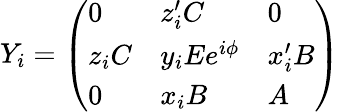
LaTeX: Y_{i}=\left(\begin{array}{lll}{{0}}&{{z_{i}^{\prime}C}}&{{0}}\\ {{z_{i}C}}&{{y_{i}Ee^{i\phi}}}&{{x_{i}^{\prime}B}}\\ {{0}}&{{x_{i}B}}&{{A}}\end{array}\right)